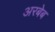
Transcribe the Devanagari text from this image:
अरबेब